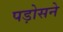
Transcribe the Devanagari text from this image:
पड़ोसने